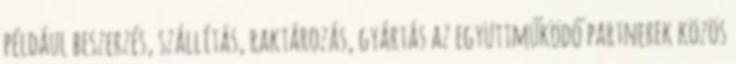
például beszerzés, szállítás, raktározás, gyártás az együttműködő partnerek közös